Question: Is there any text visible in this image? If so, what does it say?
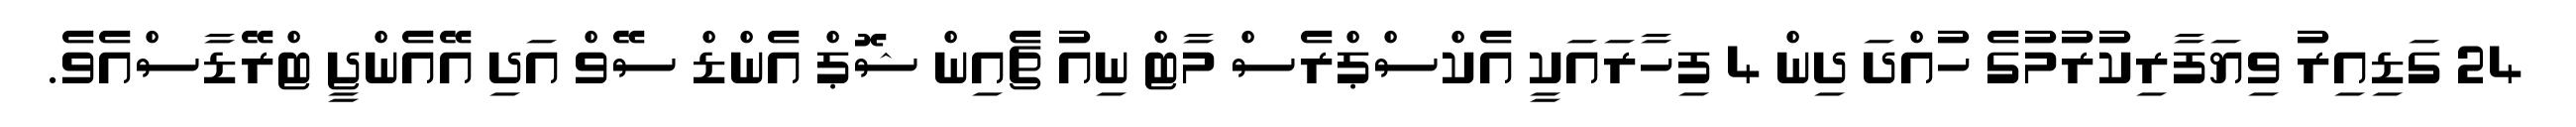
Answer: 24 ގަޑިއިރު ވިޔަފާރިކުރުމުގެ ހުއްދަ ދިން 4 ފިހާރައަކީ އެކްސްޕްރެސް މާޓް ނިއު ޗެއިން ޝޮޕް އެންޑް ސޭވް އަދި އޭއެންޖީ ޓްރޭޑާސްއެވެ.